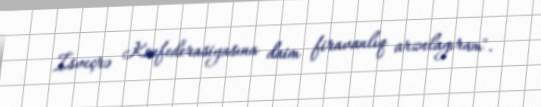
İsveçrə Konfederasiyasına daim firavanlıq arzulayıram".